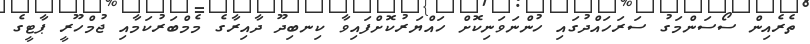
ތެރެއިން ސޯސަންމަގު ސަރަހައްދުގައި ހުންނަވަނިކޮށް ހައްޔަރުކޮށްފައިވާ ކިނބިދޫ ދާއިރާގެ މެމްބަރުކަމާއި ޖުމްހޫރީ ޕާޓީގެ